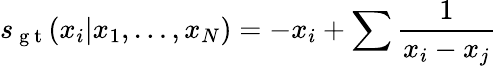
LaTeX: s_{\mathrm{~g~t~}}(x_{i}|x_{1},\dots,x_{N})=-x_{i}+\sum\frac{1}{x_{i}-x_{j}}